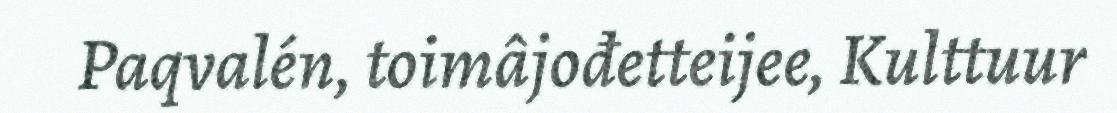
Paqvalén, toimâjođetteijee, Kulttuur